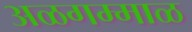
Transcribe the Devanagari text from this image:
अळगम्माळ